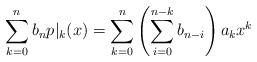
LaTeX: \begin{align*}\sum_{k=0}^n b_n p|_k(x)=\sum_{k=0}^n \left(\sum_{i=0}^{n-k} b_{n-i} \right)a_kx^k\end{align*}